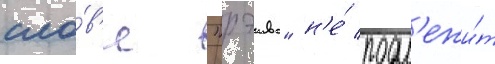
сло́в'е "рэива" н'е́ подл'ежи́т